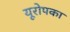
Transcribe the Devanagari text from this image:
यूरोपका